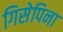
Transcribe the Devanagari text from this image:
गिसेपिना